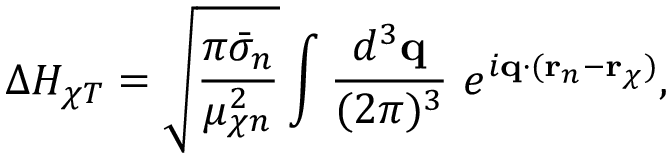
\Delta H _ { \chi T } = \sqrt { \frac { \pi \bar { \sigma } _ { n } } { \mu _ { \chi n } ^ { 2 } } } \int \frac { d ^ { 3 } \mathbf { q } } { ( 2 \pi ) ^ { 3 } } \ e ^ { i \mathbf { q } \cdot ( \mathbf { r } _ { n } - \mathbf { r } _ { \chi } ) } ,